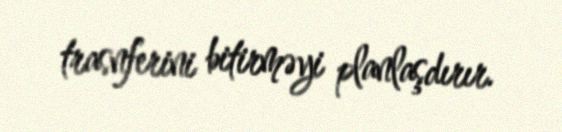
trasnferini bitirməyi planlaşdırır.